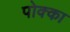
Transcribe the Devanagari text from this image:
पोक्का